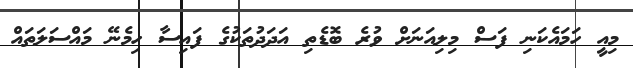
މިއީ ހަމައެކަނި ފަސް މިލިއަނަށް ވުރެ ބޮޑެތި އަދަދުތަކުގެ ފައިސާ ހިމެނޭ މައްސަލަތައް